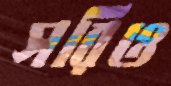
সরিও